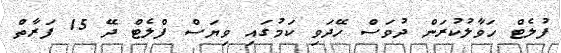
ފުލެޓް ހަވާލުކުރަން ދުވަސް ހޭދަވި ކަމުގައި ވިޔަސް ފްލެޓް ދޭ 15 ފަރާތް